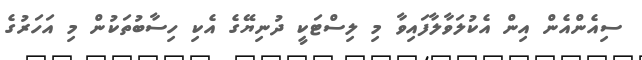
ސިއެންއެން އިން އެކުލަވާލާފައިވާ މި ލިސްޓަކީ ދުނިޔޭގެ އެކި ހިސާބުތަކުން މި އަހަރުގެ